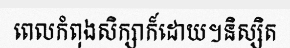
ពេលកំពុងសិក្សាក៏ដោយ។និស្សិត